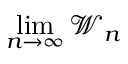
\operatorname* { l i m } _ { n \to \infty } \mathcal { W } _ { n }